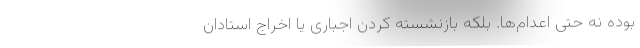
بوده نه حتی اعدام‌ها. بلکه بازنشسته کردن اجباری یا اخراج استادان